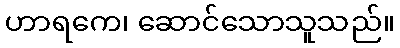
ဟာရကေ၊ ဆောင်သောသူသည်။